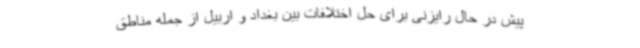
پیش در حال رایزنی برای حل اختلافات بین بغداد و اربیل از جمله مناطق